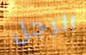
الرجل